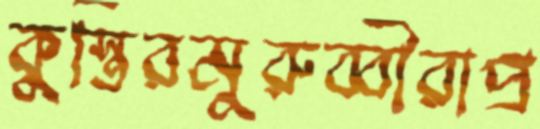
কুস্তিরমুরুব্বীরাপ্র